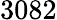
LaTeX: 3082